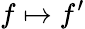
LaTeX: f\mapsto f^{\prime}